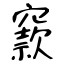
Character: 窾